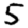
Digit: 5